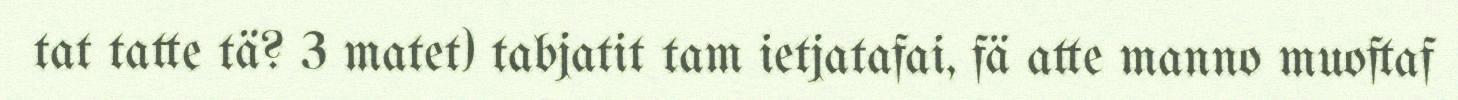
tat tatte tä? 3 matet) tabjatit tam ietjatafai, fä atte manno muoftaf